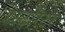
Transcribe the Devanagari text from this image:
रेस्टोरेटर